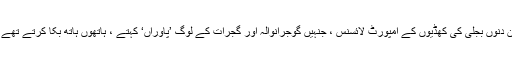
ان دنوں بجلی کی کھڈیوں کے امپورٹ لائسنس ، جنہیں گوجرانوالہ اور گجرات کے لوگ ’پاوراں‘ کہتے ، ہاتھوں ہاتھ بکا کرتے تھے ۔